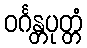
ဝင်္ဂန္တပုတ္တံ